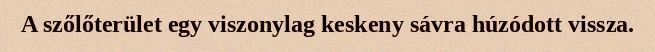
A szőlőterület egy viszonylag keskeny sávra húzódott vissza.